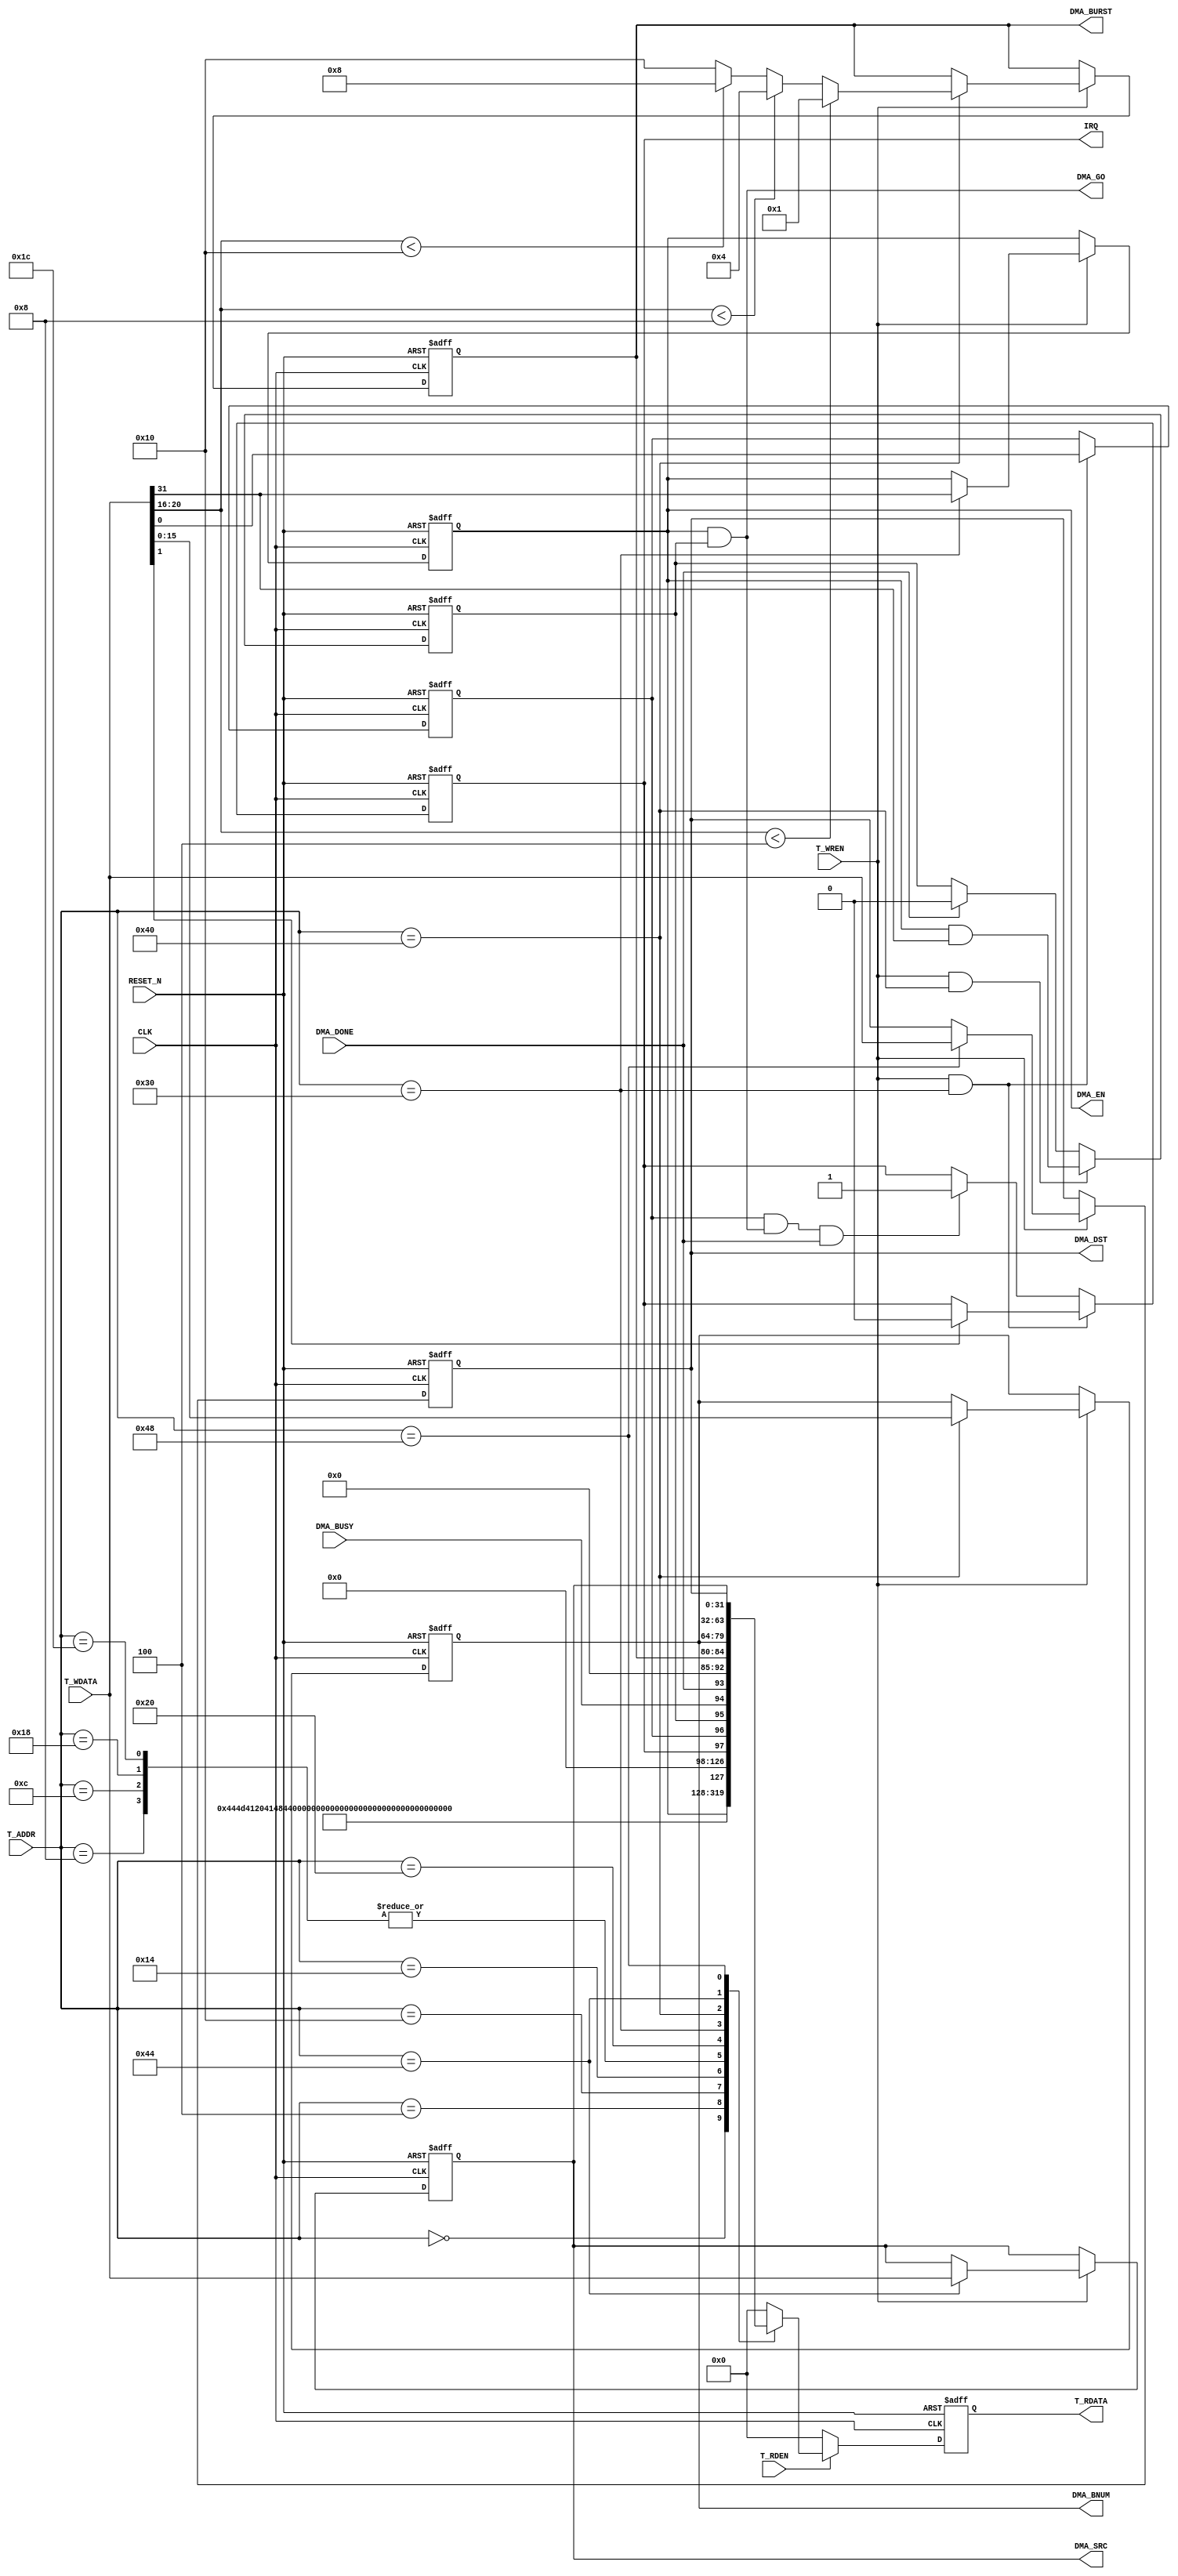
//----------------------------------------------------------
// Copyright (c) 2014 by Ando Ki.
// All right reserved.
//----------------------------------------------------------
// dma_ahb_csr.v
//----------------------------------------------------------
// VERSION: 2014.04.29.
//----------------------------------------------------------
// PWM IGBT
//----------------------------------------------------------
// Limitations:
//----------------------------------------------------------
// CSR access signals
//             __    __    __    __    __    _
// CLK      __|  |__|  |__|  |__|  |__|  |__|
//             _____             _____
// T_ADDR   XXX_____XXXXXXXXXXXXX_____XXX
//             _____
// T_RDEN   __|     |____________________
//                   _____
// T_RDATA  XXXXXXXXX_____XXXXXXXXXXXXXXX
//                               _____
// T_WREN   ____________________|     |__
//                               _____
// T_WDATA  XXXXXXXXXXXXXXXXXXXXX_____XXXX
//----------------------------------------------------------
`timescale 1ns/1ns

module dma_ahb_csr #(parameter T_ADDR_WID=8)
(
       input   wire                   RESET_N
     , input   wire                   CLK
     , input   wire [T_ADDR_WID-1:0]  T_ADDR
     , input   wire                   T_WREN
     , input   wire                   T_RDEN
     , input   wire [31:0]            T_WDATA
     , output  reg  [31:0]            T_RDATA
     , output  wire                   IRQ
     //-----------------------------------------------------
     , output  wire            DMA_EN
     , output  wire            DMA_GO
     , input   wire            DMA_BUSY
     , input   wire            DMA_DONE
     , output  wire  [31:0]    DMA_SRC
     , output  wire  [31:0]    DMA_DST
     , output  wire  [15:0]    DMA_BNUM // num of bytes to move
     , output  wire  [ 4:0]    DMA_BURST // burst length 1, 4, 8 , 16
);
   //--------------------------------------------------------
   // CSR address
   //-------------------------------------------------------
   localparam CSRA_NAME0   = 8'h00,
              CSRA_NAME1   = 8'h04,
              CSRA_NAME2   = 8'h08,
              CSRA_NAME3   = 8'h0C,
              CSRA_COMP0   = 8'h10,
              CSRA_COMP1   = 8'h14,
              CSRA_COMP2   = 8'h18,
              CSRA_COMP3   = 8'h1C,
              CSRA_VERSION = 8'h20,
              CSRA_CONTROL = 8'h30,
              CSRA_NUM     = 8'h40,
              CSRA_SOURCE  = 8'h44,
              CSRA_DEST    = 8'h48;
   //-------------------------------------------------------
   // CSR
   //-------------------------------------------------------
   wire [31:0] csr_name0   = "DMA "; // 
   wire [31:0] csr_name1   = "AHB "; // 
   wire [31:0] csr_name2   = "    "; // 
   wire [31:0] csr_name3   = "    "; // 
   wire [31:0] csr_comp0   = "DYNA"; // 
   wire [31:0] csr_comp1   = "LITH"; // 
   wire [31:0] csr_comp2   = "    "; // 
   wire [31:0] csr_comp3   = "    "; // 
   wire [31:0] csr_version = 32'h20140429;//
   //-------------------------------------------------------
   reg         csr_ctl_en    = 1'b0; // bit-31
   reg         csr_ctl_ip    = 1'b0; // bit-1
   reg         csr_ctl_ie    = 1'b0; // bit-0
   //-------------------------------------------------------
   reg         csr_num_go    = 1'b0; // bit-31
   reg  [ 4:0] csr_num_burst = 1'b1; // bit-20~16
   reg  [15:0] csr_num_byte  =16'b0; // bit-15~0
   //-------------------------------------------------------
   reg  [31:0] csr_source    = 1'b0; // bit-31~0
   reg  [31:0] csr_dest      = 9'b0; // bit-31~0
   //-------------------------------------------------------
   // CSR read
   always @ (posedge CLK or negedge RESET_N) begin
   if (RESET_N==1'b0) begin
       T_RDATA <= 'h0;
   end else begin
      if (T_RDEN) begin
         case (T_ADDR) // synthesis full_case parallel_case
           CSRA_NAME0   : T_RDATA <= csr_name0  ;
           CSRA_NAME1   : T_RDATA <= csr_name1  ;
           CSRA_NAME2   : T_RDATA <= csr_name2  ;
           CSRA_NAME3   : T_RDATA <= csr_name3  ;
           CSRA_COMP0   : T_RDATA <= csr_comp0  ;
           CSRA_COMP1   : T_RDATA <= csr_comp1  ;
           CSRA_COMP2   : T_RDATA <= csr_comp2  ;
           CSRA_COMP3   : T_RDATA <= csr_comp3  ;
           CSRA_VERSION : T_RDATA <= csr_version;
           CSRA_CONTROL : T_RDATA <= {csr_ctl_en // bit-31
                                     ,29'h0      // bit-30~2
                                     ,csr_ctl_ip // bit-1
                                     ,csr_ctl_ie // bit-0
                                     };
           CSRA_NUM     : T_RDATA <= {csr_num_go    // bit-31
                                     ,DMA_BUSY      // bit-30
                                     ,DMA_DONE      // bit-29
                                     ,8'h0         // bit-28~21
                                     ,csr_num_burst // bit-20~16
                                     ,csr_num_byte  // bit-15~0
                                     };
           CSRA_SOURCE  : T_RDATA <= csr_source;
           CSRA_DEST    : T_RDATA <= csr_dest;
           default: begin
                    T_RDATA <=32'h0;
           end
         endcase
      end else T_RDATA <= 'h0;
   end // if
   end // always
   //-------------------------------------------------------
   // CSR write
   always @ (posedge CLK or negedge RESET_N) begin
   if (RESET_N==1'b0) begin
       csr_ctl_en    <= 1'b0;
       csr_num_burst <= 1'b1;
       csr_num_byte  <= 16'h0;
       csr_source    <= 32'h0;
       csr_dest      <= 32'h0;
   end else begin
      if (T_WREN) begin
         case (T_ADDR) // synthesis full_case parallel_case
           CSRA_CONTROL : csr_ctl_en // bit-31
                          <= T_WDATA[31];
           CSRA_NUM     : begin
                          csr_num_burst // bit-20~16
                          <= (T_WDATA[20:16]<4) ? 1
                           : (T_WDATA[20:16]<8) ? 4
                           : (T_WDATA[20:16]<16) ? 8
                           : 16;
                          csr_num_byte  // bit-15~0
                          <= T_WDATA[15:0];
                          end
           CSRA_SOURCE  : csr_source <= T_WDATA;
           CSRA_DEST    : csr_dest <= T_WDATA;
         endcase
      end
   end // if
   end // always
   //-------------------------------------------------------
   // go
   always @ (posedge CLK or negedge RESET_N) begin
   if (RESET_N==1'b0) begin
       csr_num_go <= 1'b0; // bit-0
   end else begin
       if (T_WREN&&(T_ADDR==CSRA_NUM)) begin
           csr_num_go  <= csr_ctl_en & T_WDATA[31];
       end else begin
           if (DMA_DONE) csr_num_go <= 1'b0;
       end
   end // if
   end // always
   //-------------------------------------------------------
   // interrupt
   always @ (posedge CLK or negedge RESET_N) begin
   if (RESET_N==1'b0) begin
       csr_ctl_ie <= 1'b0; // bit-0
       csr_ctl_ip <= 1'b0; // bit-1
   end else begin
       if (T_WREN&&(T_ADDR==CSRA_CONTROL)) begin
           csr_ctl_ie            <= T_WDATA[0];
           csr_ctl_ip            <= (T_WDATA[1]==1'b1) ? 1'b0 : csr_ctl_ip;
       end else begin
           if (csr_ctl_ie & DMA_GO & DMA_DONE)
               csr_ctl_ip <= 1'b1;
       end
   end // if
   end // always
   //-------------------------------------------------------
   assign IRQ = csr_ctl_ip;
   //-------------------------------------------------------
   assign DMA_EN = csr_ctl_en;
   assign DMA_GO = csr_ctl_en & csr_num_go;
   assign DMA_SRC = csr_source;
   assign DMA_DST = csr_dest;
   assign DMA_BNUM = csr_num_byte;
   assign DMA_BURST = csr_num_burst;
   //-------------------------------------------------------
endmodule
//-------------------------------------------------------
// Revision History
//
// 2014.02.10: Started by Ando Ki 
// http://www.dynalith.com
// adki@dynalith.com
//-------------------------------------------------------